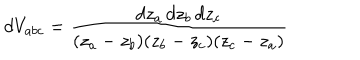
d V _ { a b c } = \frac { d z _ { a } \, d z _ { b } \, d z _ { c } } { ( z _ { a } - z _ { b } ) ( z _ { b } - z _ { c } ) ( z _ { c } - z _ { a } ) }